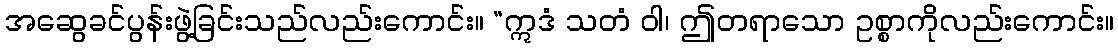
အဆွေခင်ပွန်းဖွဲ့ခြင်းသည်လည်းကောင်း။ “ဣဒံ သတံ ဝါ၊ ဤတရာသော ဥစ္စာကိုလည်းကောင်း။